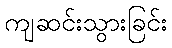
ကျဆင်းသွားခြင်း